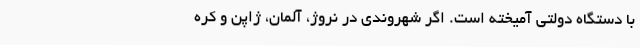
با دستگاه دولتی آمیخته است. اگر شهروندی در نروژ، آلمان، ژاپن و کره